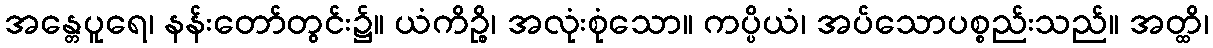
အန္တေပူရေ၊ နန်းတော်တွင်း၌။ ယံကိဉ္စိ၊ အလုံးစုံသော။ ကပ္ပိယံ၊ အပ်သောပစ္စည်းသည်။ အတ္ထိ၊